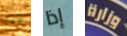
أيها إذا وزارة